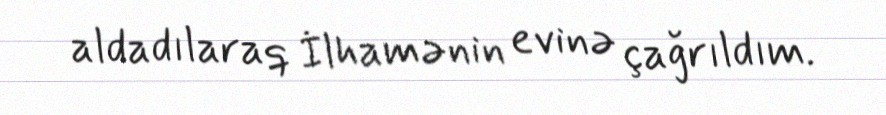
aldadılaraq İlhamənin evinə çağrıldım.